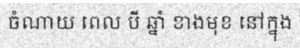
ចំណាយ ពេល បី ឆ្នាំ ខាងមុខ នៅក្នុង